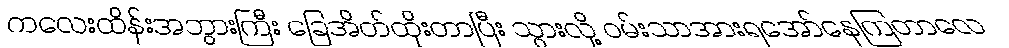
ကလေးထိန်းအဘွားကြီး ခြေအိတ်ထိုးတာပြီး သွားလို့ ဝမ်းသာအားရအော်နေကြတာလေ